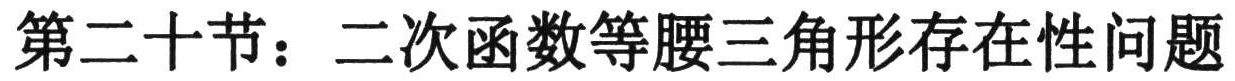
第二十节：二次函数等腰三角形存在性问题